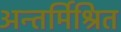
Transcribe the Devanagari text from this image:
अन्तर्मिश्रित